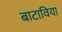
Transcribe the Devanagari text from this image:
बाटाविया